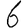
Digit: 6